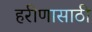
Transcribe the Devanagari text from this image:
हरीणासाठी